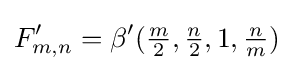
F'_{m,n}=\beta '({\tfrac {m}{2}},{\tfrac {n}{2}},1,{\tfrac {n}{m}})